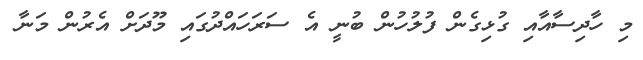
މި ހާދިސާއާއި ގުޅިގެން ފުލުހުން ބުނީ އެ ސަރަހައްދުގައި މޫދަށް އެރުން މަނާ